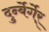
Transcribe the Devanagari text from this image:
दुर्न्बेर्गेर्